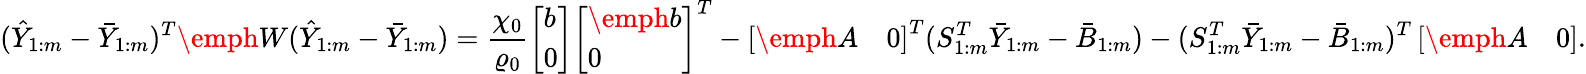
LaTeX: (\hat{Y}_{1:m}-\bar{Y}_{1:m})^{T}\emph W(\hat{Y}_{1:m}-\bar{Y}_{1:m})=\frac{\chi_{0}}{\varrho_{0}}\left[\begin{array}{l}{b}\\ {0}\end{array}\right]\left[\begin{array}{l}{\emph b}\\ {0}\end{array}\right]^{T}-\left[\begin{array}{ll}{\emph A}&{0}\end{array}\right]^{T}(S_{1:m}^{T}\bar{Y}_{1:m}-\bar{B}_{1:m})-(S_{1:m}^{T}\bar{Y}_{1:m}-\bar{B}_{1:m})^{T}\left[\begin{array}{ll}{\emph A}&{0}\end{array}\right].